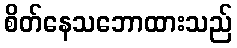
စိတ်နေသဘောထားသည်